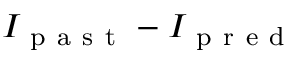
I _ { \mathrm { ~ p ~ a ~ s ~ t ~ } } - I _ { \mathrm { ~ p ~ r ~ e ~ d ~ } }